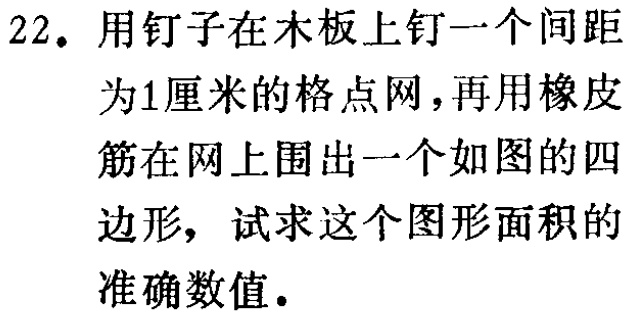
22. 用钉子在木板上钉一个间距

为1厘米的格点网，再用橡皮

筋在网上围出一个如图的四

边形，试求这个图形面积的

准确数值.